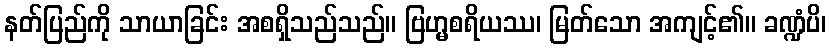
နတ်ပြည်ကို သာယာခြင်း အစရှိသည်သည်။ ဗြဟ္မစရိယဿ၊ မြတ်သော အကျင့်၏။ ခဏ္ဍံပိ၊